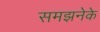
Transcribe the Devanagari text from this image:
समझनेके